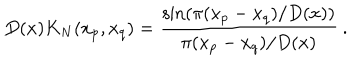
D ( x ) K _ { N } ( x _ { p } , x _ { q } ) = \frac { \sin \left( \pi ( x _ { p } - x _ { q } ) / D ( x ) \right) } { \pi ( x _ { p } - x _ { q } ) / D ( x ) } \: .